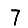
Digit: 7